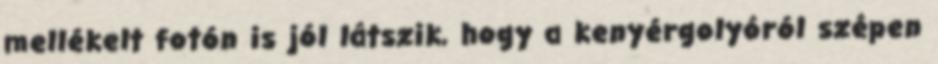
mellékelt fotón is jól látszik, hogy a kenyérgolyóról szépen